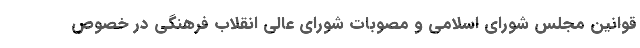
قوانین مجلس شورای اسلامی و مصوبات شورای عالی انقلاب فرهنگی در خصوص